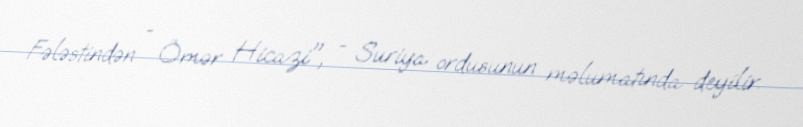
Fələstindən - Ömər Hicazi", - Suriya ordusunun məlumatında deyilir.